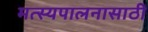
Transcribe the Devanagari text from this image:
मत्‍स्यपालनासाठी